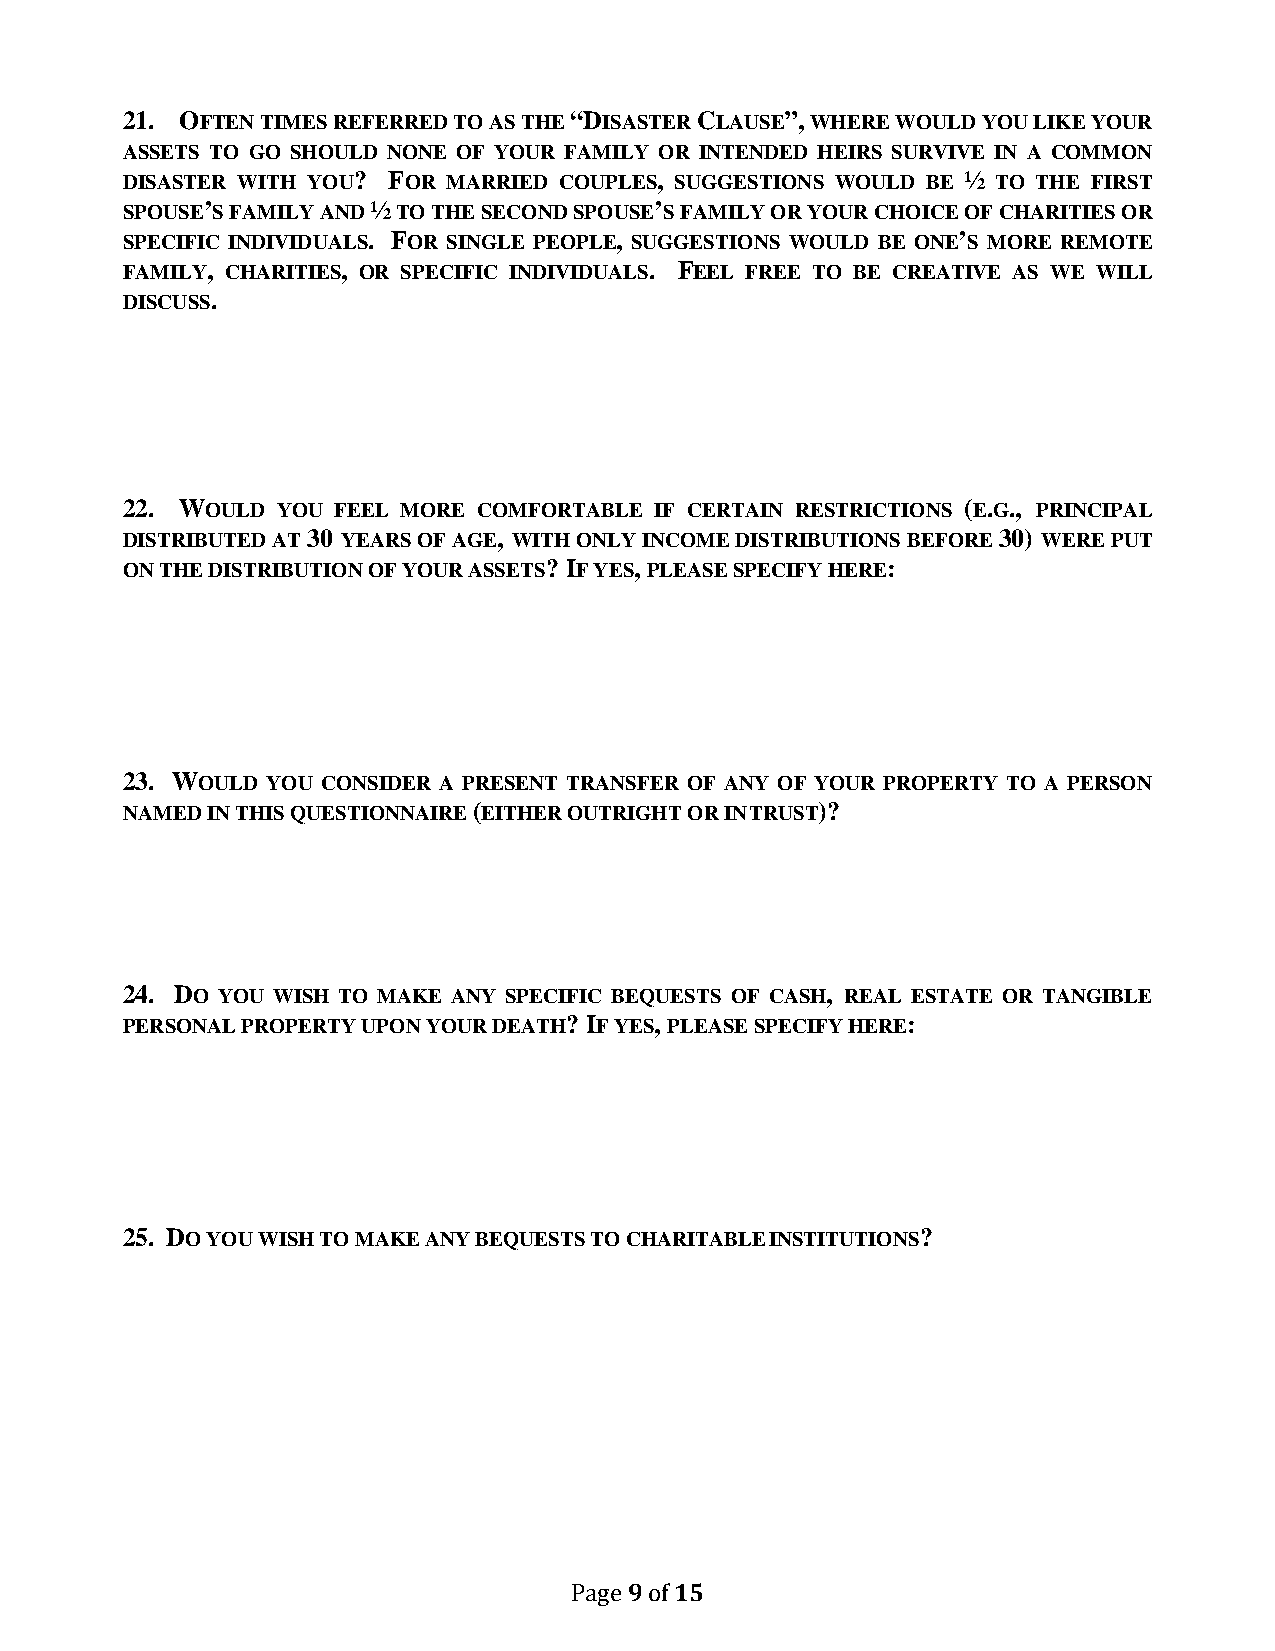
21. OFTEN TIMES REFERRED TO AS THE “DISASTER CLAUSE”, WHERE WOULD YOU LIKE YOUR
 ASSETS TO GO SHOULD NONE OF YOUR FAMILY OR INTENDED HEIRS SURVIVE IN A COMMON
 DISASTER WITH YOU? FOR MARRIED COUPLES, SUGGESTIONS WOULD BE ½ TO THE FIRST
 SPOUSE’S FAMILY AND ½ TO THE SECOND SPOUSE’S FAMILY OR YOUR CHOICE OF CHARITIES OR
 SPECIFIC INDIVIDUALS. FOR SINGLE PEOPLE, SUGGESTIONS WOULD BE ONE’S MORE REMOTE
 FAMILY, CHARITIES, OR SPECIFIC INDIVIDUALS. FEEL FREE TO BE CREATIVE AS WE WILL
 DISCUSS.
 22. WOULD YOU FEEL MORE COMFORTABLE IF CERTAIN RESTRICTIONS (E.G., PRINCIPAL
 DISTRIBUTED AT 30 YEARS OF AGE, WITH ONLY INCOME DISTRIBUTIONS BEFORE 30) WERE PUT
 ON THE DISTRIBUTION OF YOUR ASSETS? IF YES, PLEASE SPECIFY HERE:
 23. WOULD YOU CONSIDER A PRESENT TRANSFER OF ANY OF YOUR PROPERTY TO A PERSON
 NAMED IN THIS QUESTIONNAIRE (EITHER OUTRIGHT OR IN TRUST)?
 24. DO YOU WISH TO MAKE ANY SPECIFIC BEQUESTS OF CASH, REAL ESTATE OR TANGIBLE
 PERSONAL PROPERTY UPON YOUR DEATH? IF YES, PLEASE SPECIFY HERE:
 25. DO YOU WISH TO MAKE ANY BEQUESTS TO CHARITABLE INSTITUTIONS?
 9  15
 Page of